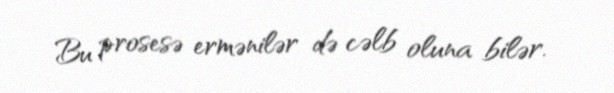
Bu prosesə ermənilər də cəlb oluna bilər.